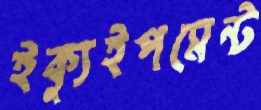
ইক্যুইপমেন্ট